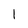
Character: 1